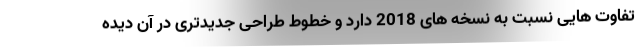
تفاوت هایی نسبت به نسخه های 2018 دارد و خطوط طراحی جدیدتری در آن دیده